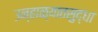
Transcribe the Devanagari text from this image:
उन्हाळ्यातसुद्धा